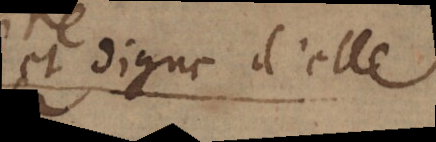
et digne d’elle